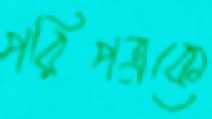
পরিপত্রকে